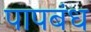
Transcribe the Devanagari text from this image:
पापबंध